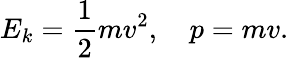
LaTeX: E_{k}={\frac{1}{2}}mv^{2},\quad p=mv.